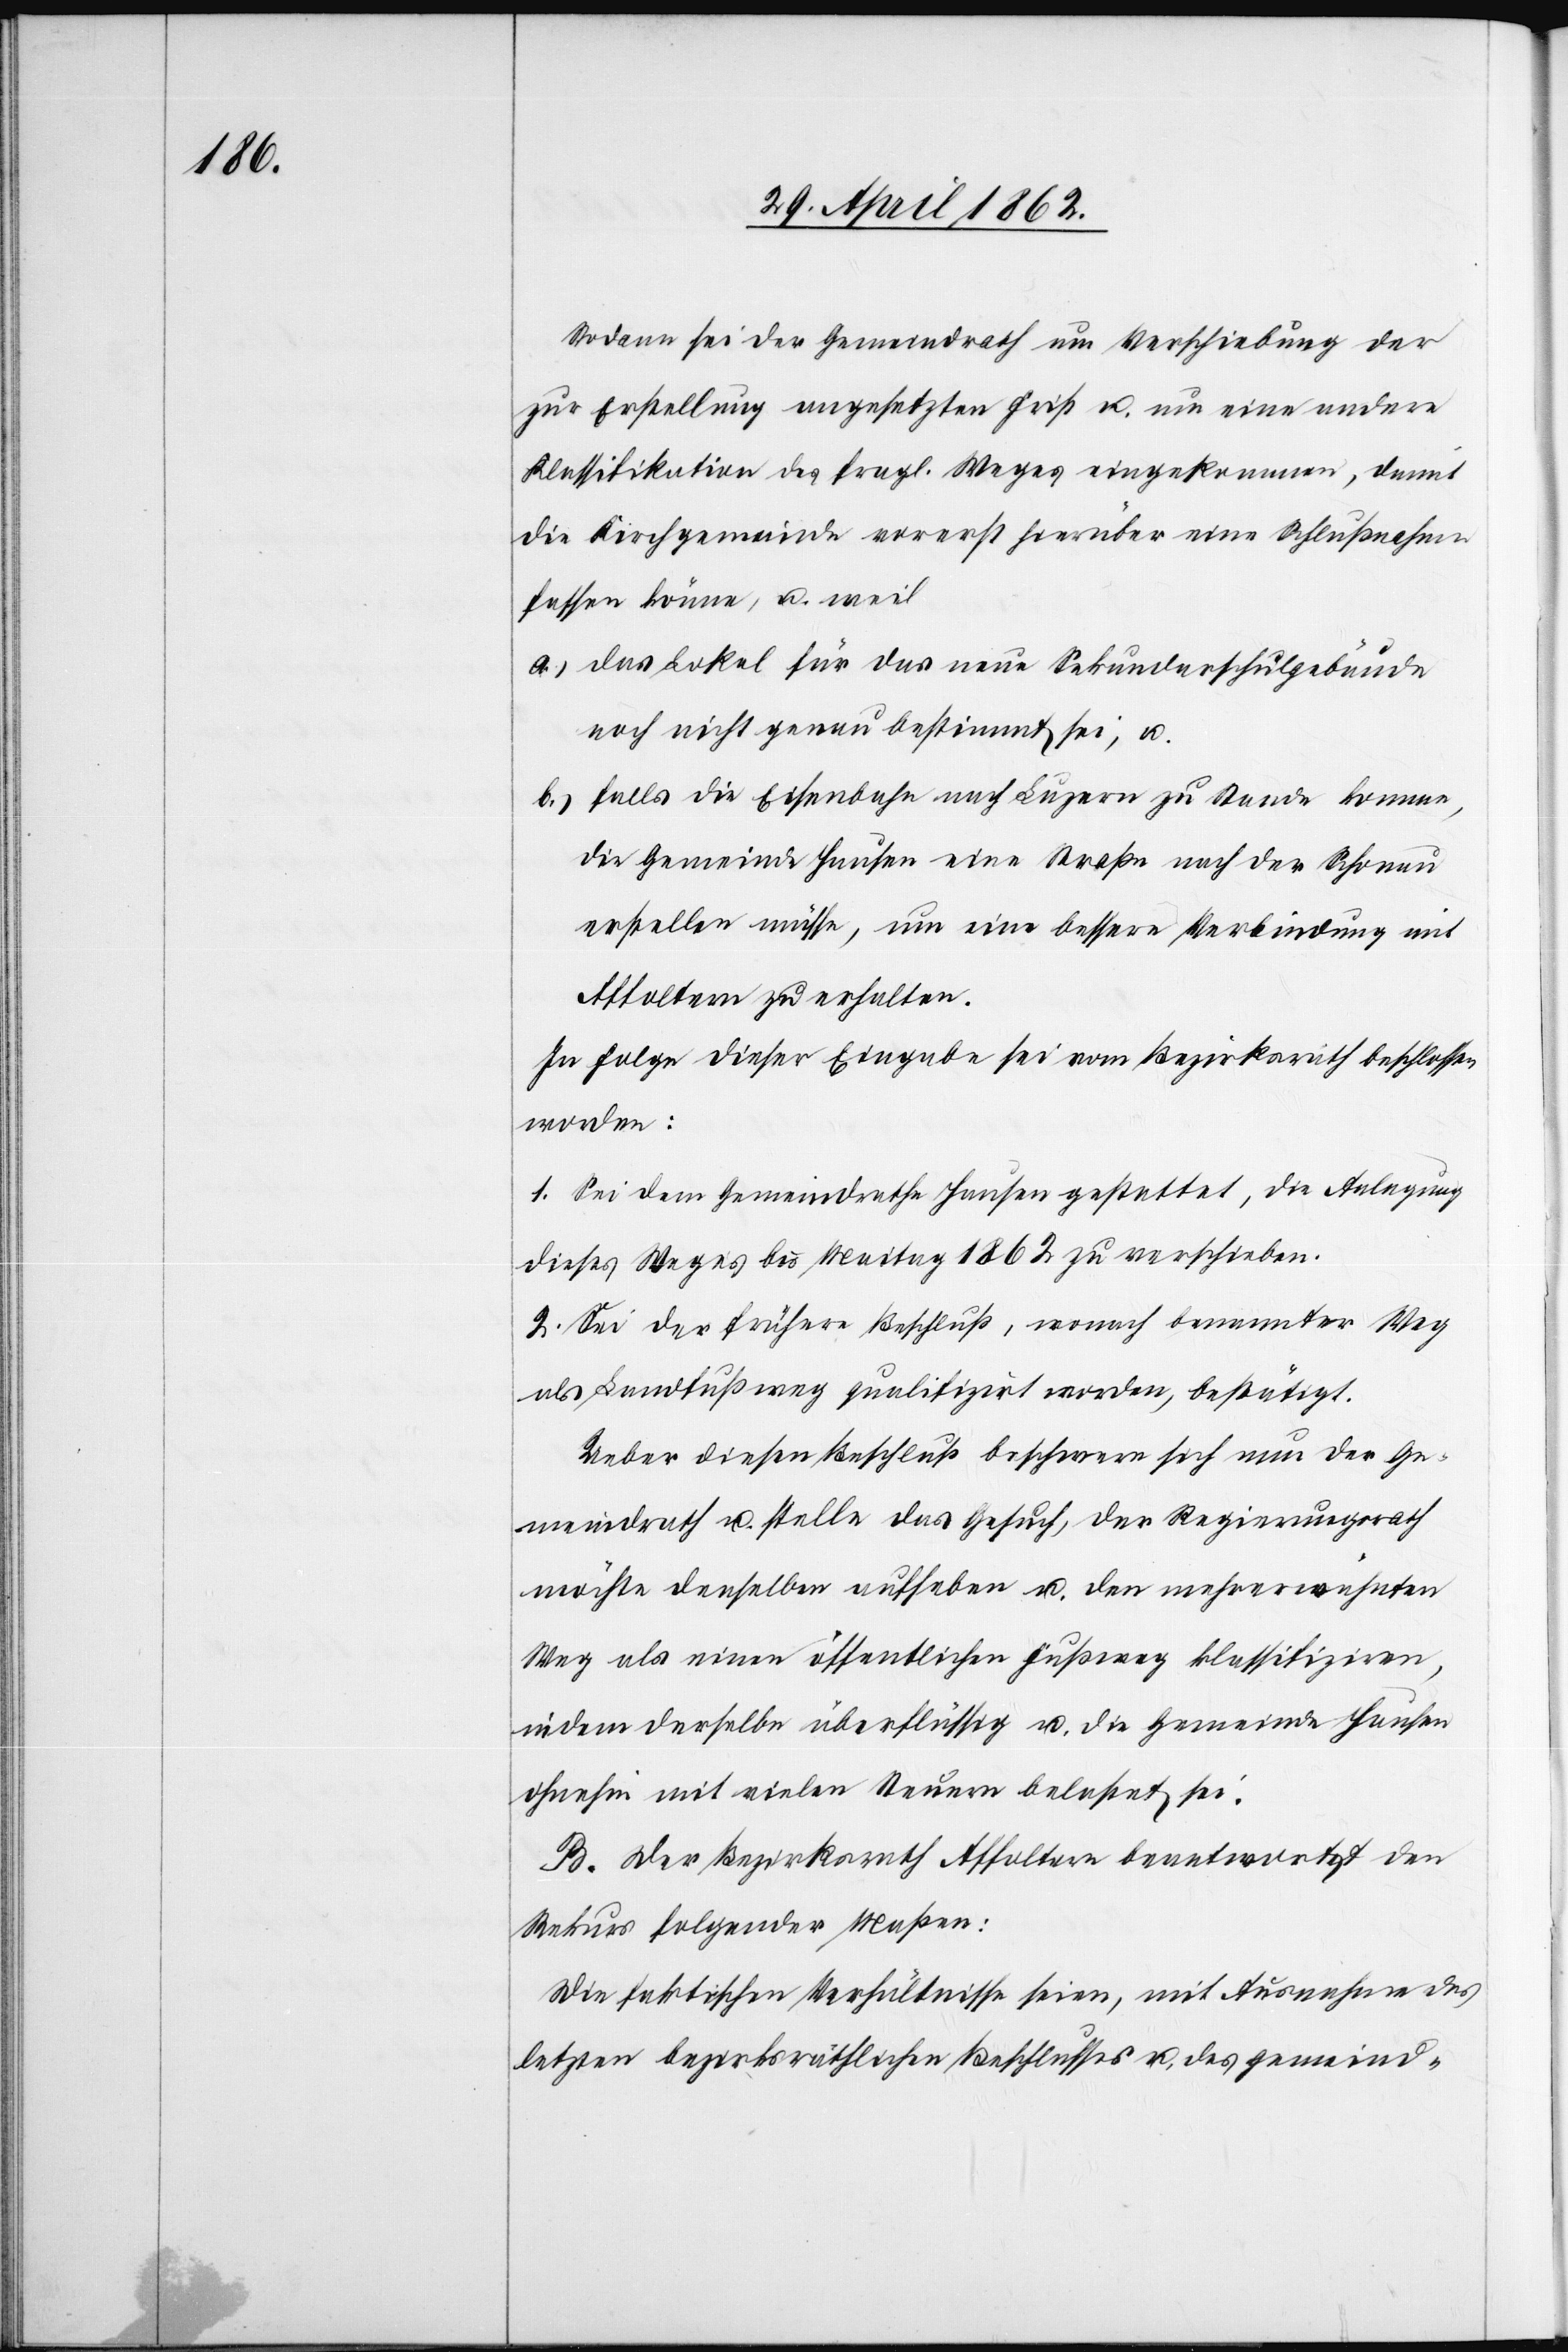
sodann sei der Gemeindrath um Verschiebung der
zur Erstellung angesetzten Frist u. um eine andere
Klassifikation des fragl. Weges eingekommen, damit
die Kirchgemeinde vorerst hierüber eine Schlußnahme
fassen könne, u. weil
a) das Lokal für das neue Sekundarschulgebäude
noch nicht genau bestimmt sei, u.
b) falls die Eisenbahn nach Luzern zu Stande komme,
die Gemeinde Hausen eine Straße nach der Schonau
erstellen müsse, um eine bessere Verbindung mit
Affoltern zu erhalten.
In Folge dieser Eingabe sei vom Bezirksrath beschlossen
worden:
1. Sei dem Gemeindrathe Hausen gestattet, die Anlegung
dieses Weges bis Maitag 1862 zu verschieben.
2. Sei der frühere Beschluß, wonach benannter Weg
als Landfußweg qualifizirt worden, bestätigt.
Ueber diesen Beschluß beschwere sich nun der Ge¬
meindrath u. stelle das Gesuch, der Regierungsrath
möchte denselben aufheben u. den mehrerwähnten
Weg als einen öffentlichen Fußweg klassifiziren,
indem derselbe überflüssig u. die Gemeinde Hausen
ohnehin mit vielen Steuern belastet sei.
B. Der Bezirksrath Affoltern beantwortet den
Rekurs folgender Maßen:
Die faktischen Verhältnisse seien, mit Ausnahme des
letzten bezirksräthlichen Beschlusses u. des gemeind-